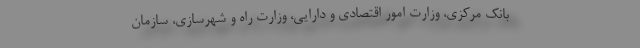
بانک مرکزی، وزارت امور اقتصادی و دارایی، وزارت راه و شهرسازی، سازمان